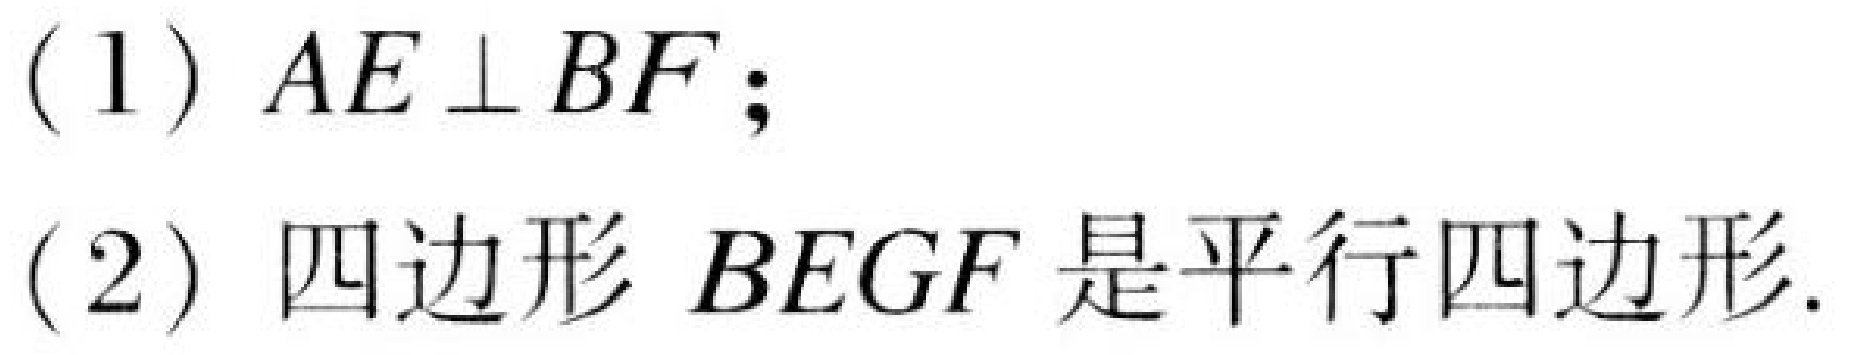
(1) \(AE\perp BF\);
(2) 四边形 \(BEGF\)是平行四边形.